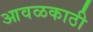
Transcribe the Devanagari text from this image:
आवळकाठी